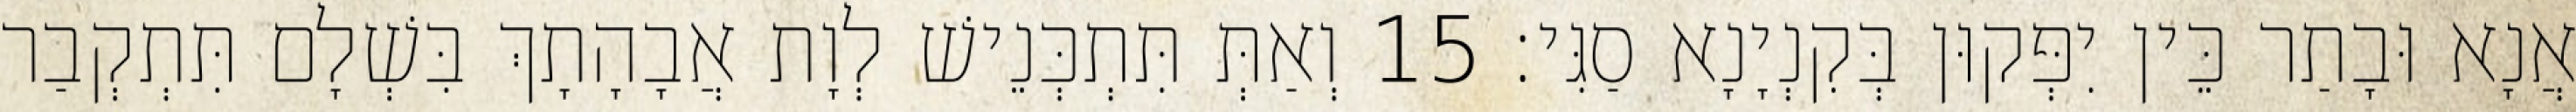
אֲנָא וּבָתַר כֵּין יִפְּקוּן בְּקִנְיָנָא סַגִּי׃ 15 וְאַתְּ תִּתְכְּנֵישׁ לְוָת אֲבָהָתָךְ בִּשְׁלָם תִּתְקְבַר